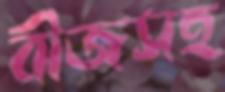
বীজসহ